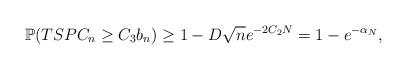
LaTeX: \begin{align*}\mathbb{P}(TSPC_n \geq C_3 b_n) \geq 1- D\sqrt{n} e^{-2C_2 N} = 1-e^{- \alpha_N},\end{align*}